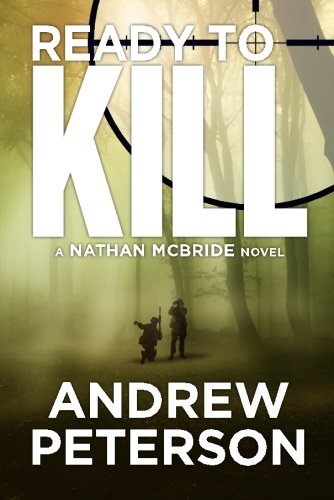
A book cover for Ready to Kill (The Nathan McBride Series); Andrew Peterson; Mystery, Thriller & Suspense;